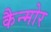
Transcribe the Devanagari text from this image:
कैन्मोर